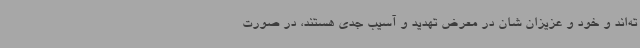
ته‌اند و خود و عزیزان‌ شان در معرض تهدید و آسیب جدی هستند، در صورت